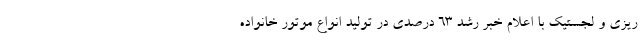
ریزی و لجستیک با اعلام خبر رشد ۶۳ درصدی در تولید انواع موتور خانواده